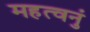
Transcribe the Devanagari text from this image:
महत्वनुं